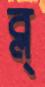
ব্ল্